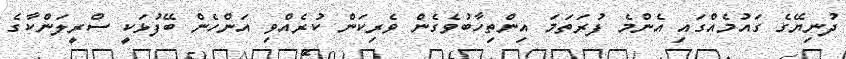
ދުނިޔޭގެ ގައުމެއްގައި އެންމެ ފުރަތަމަ އިންތިހާބުވެގެން ވެރިކަން ކުރެއްވި އަންހެން ބޭފުޅަކީ ސްރީލަންކާގެ